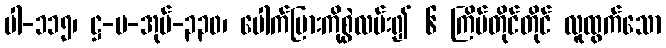
ပါ-၁၁၅၊ ဋ္ဌ-မ-အုပ်-၃၃၀၊ ပေါက်ပြားကိုစွဲလမ်း၍ ၆ ကြိမ်တိုင်တိုင် လူထွက်သော